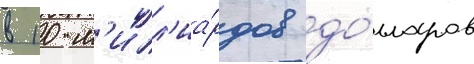
в 10 м'илл'иа́рдов до́лларов